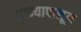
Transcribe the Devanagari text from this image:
धान्यापासून